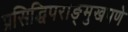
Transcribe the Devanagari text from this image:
प्रसिद्धिपराङ्‌मुखपणे